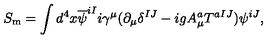
S _ { \mathrm { m } } = \int d ^ { 4 } x \overline { { \psi } } ^ { i I } i \gamma ^ { \mu } ( \partial _ { \mu } \delta ^ { I J } - i g A _ { \mu } ^ { a } T ^ { a I J } ) \psi ^ { i J } ,